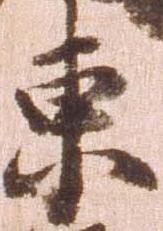
東